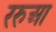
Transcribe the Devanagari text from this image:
ररुआ